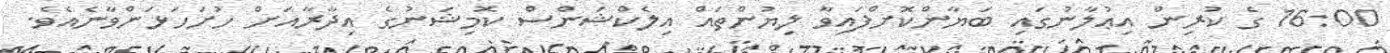
16:00 ގެ ކުރިން އިޢުލާނުގައި ބަޔާންކޮށްފައިވާ ލިޔުންތައް އިލެކްޝަންސް ކޮމިޝަނުގެ އިދާރާއަށް ހުށަހަޅަންވާނެއެވެ.